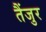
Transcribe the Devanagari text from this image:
तैंजुर